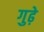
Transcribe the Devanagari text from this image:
गुढ़े